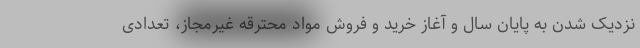
نزدیک شدن به پایان سال و آغاز خرید و فروش مواد محترقه غیرمجاز، تعدادی